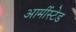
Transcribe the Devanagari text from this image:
आर्मीस्टेड